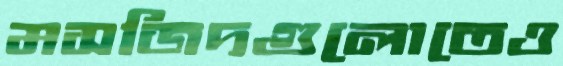
মসজিদগুলোতেও